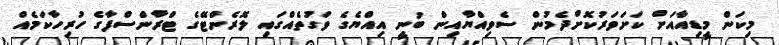
މިކަން މީޑިއާއަށް ކަށަވަރުކޮށްދެމުން ސެވިއްޔާއިން ބުނީ އިއްޔެގެ ވަގުތެއްގައި ލޮރެންޓޭގެ ޓްރާންސްފާގެ ހުރިހާކަމެއް